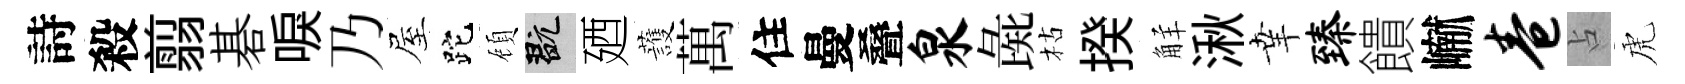
詩殺翦碁唳乃屋跎頋玩廼䕶萬住曼叠泉彘枯揆觧湫𦍒臻饋𪩘卷占虎